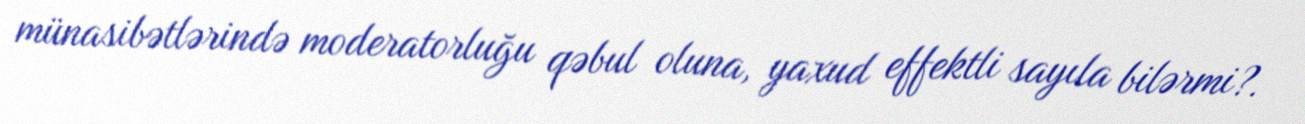
münasibətlərində moderatorluğu qəbul oluna, yaxud effektli sayıla bilərmi?.